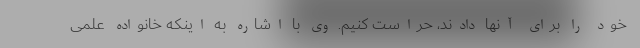
خود را برای آنها دادند، حراست کنیم. وی با اشاره به اینکه خانواده علمی